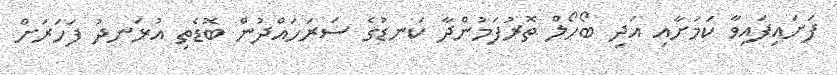
ފަށައިފައިވާ ކަމަށާއި އަދި ބޯހޯލް ތޮރުފަމުންދާ ކަނޑުގެ ސަރަހައްދުން ބޮޑެތި އުޅަނދު ފަހަރަށް